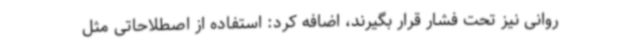
روانی نیز تحت فشار قرار بگیرند، اضافه کرد: استفاده از اصطلاحاتی مثل